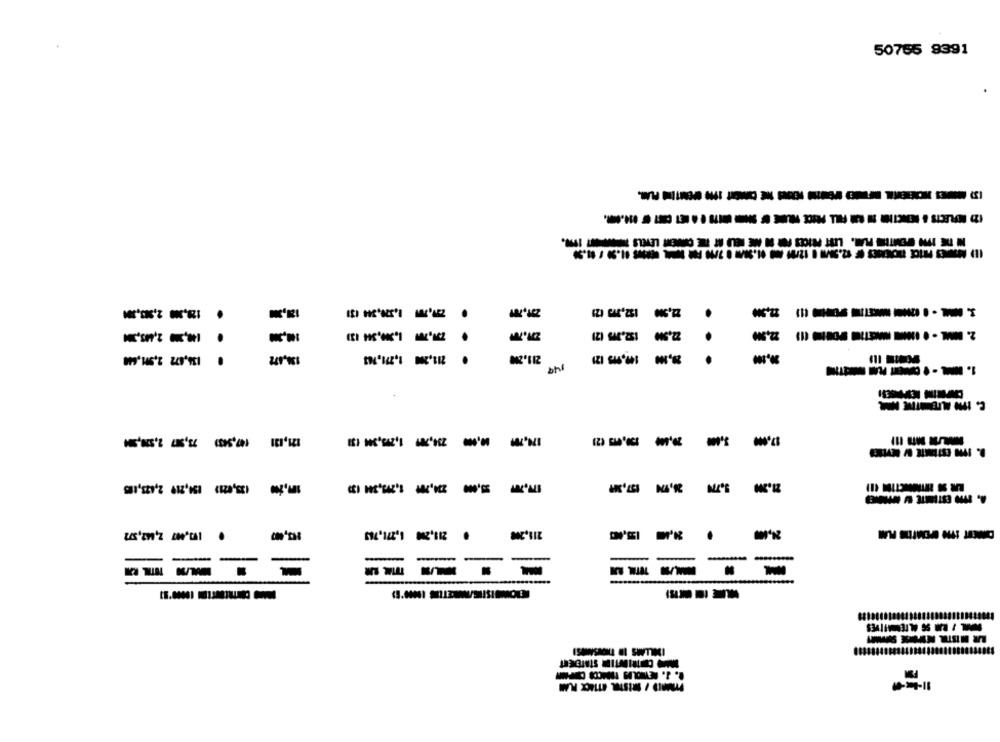
50755 9391
. .
. .
------
------
-
-
-
=
- -
-
LR NISTR NYMDE SOMMY